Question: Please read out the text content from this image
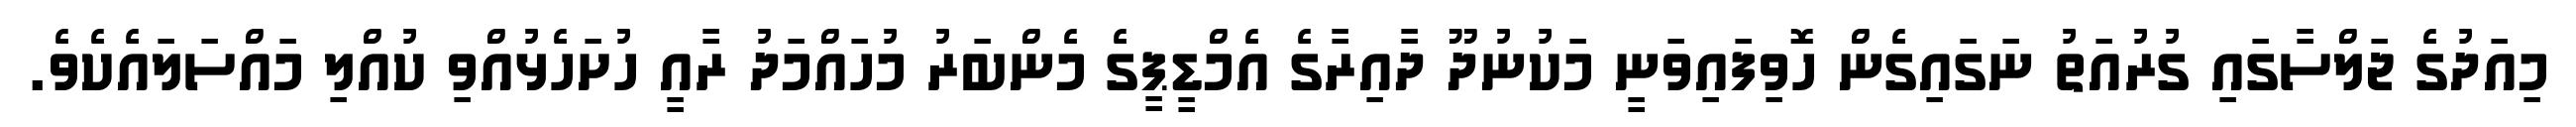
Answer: މިއަދުގެ ޖަލްސާގައި ގުރުއަތު ނަގައިގެން ހޮވިފައިވަނީ މަކުނުދޫ ދާއިރާގެ އެމްޑީޕީގެ މެންބަރު މުހައްމަދު ރާއީ ހުށަހެޅުއްވި ކުއްލި މައްސަލައެކެވެ.